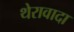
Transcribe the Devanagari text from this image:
थेरावादा